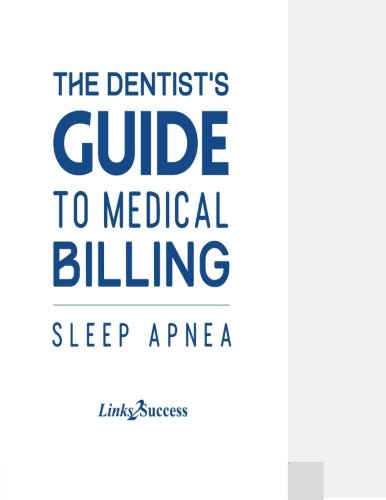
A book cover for The Dentists Guide to Medical Billing: Sleep Apnea; Christine A Taxin; Medical Books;